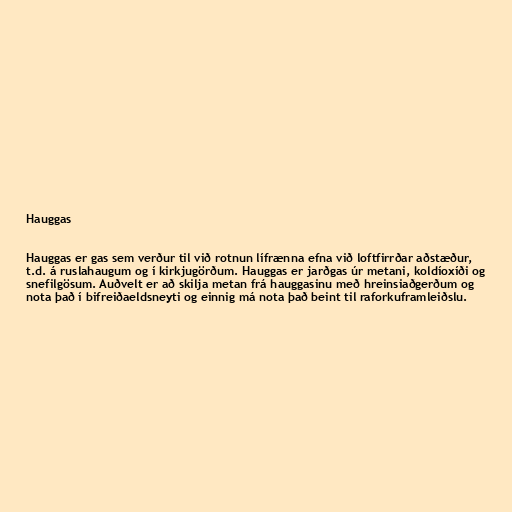
Hauggas

Hauggas er gas sem verður til við rotnun lífrænna efna við loftfirrðar aðstæður,
t.d. á ruslahaugum og í kirkjugörðum. Hauggas er jarðgas úr metani, koldíoxíði og
snefilgösum. Auðvelt er að skilja metan frá hauggasinu með hreinsiaðgerðum og
nota það í bifreiðaeldsneyti og einnig má nota það beint til raforkuframleiðslu.